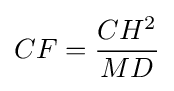
CF={\frac {CH^{2}}{MD}}